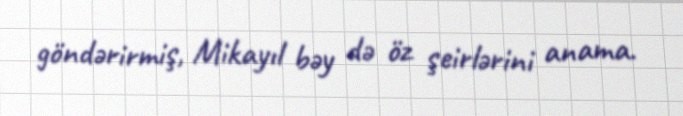
göndərirmiş, Mikayıl bəy də öz şeirlərini anama.